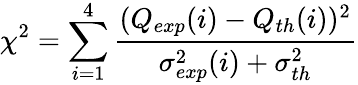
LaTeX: \chi^{2}=\sum_{i=1}^{4}\frac{(Q_{exp}(i)-Q_{th}(i))^{2}}{\sigma_{exp}^{2}(i)+\sigma_{th}^{2}}